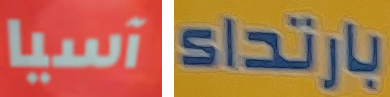
آسيا بارتداء